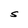
Character: S